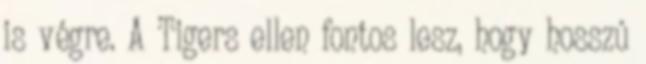
is végre. A Tigers ellen fontos lesz, hogy hosszú